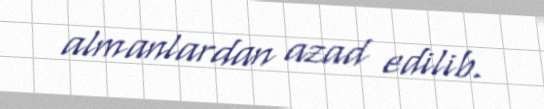
almanlardan azad edilib.